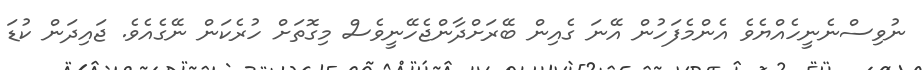
ނުވިސްނެނީހެއްޔެވެ އެންމެފަހުން އޭނަ ގެއިން ބޭރަށްދާންޖެހޭނީވެސް މިގޮތަށް ހުރެކަން ނޭގެއެވެ. ޖައިދަން ކުޑަ